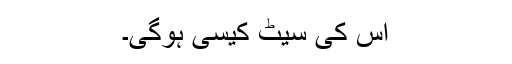
اس کی سیٹ کیسی ہوگی۔